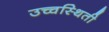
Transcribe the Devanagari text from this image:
उच्चस्थिती